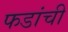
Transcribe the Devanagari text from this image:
फडांची